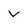
Character: v